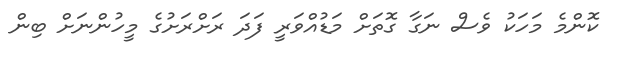
ކޮންމެ މަހަކު ވެސް ނަގާ ގޮތަށް މަޑުއްވަރީ ފަދަ ރަށްރަށުގެ މީހުންނަށް ބިން